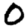
Digit: 0